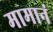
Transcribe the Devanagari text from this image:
मामानं